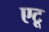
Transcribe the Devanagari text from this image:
एटू